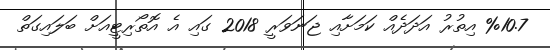
%10.7 އިތުރު އަދަދެއް ކަމަށާއި ޖަނަވަރީ 2018 ގައި އެ އޮތޯރިޓީއަށް ބަލައިގަތް